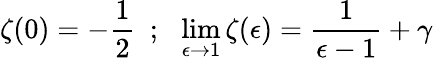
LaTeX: \zeta(0)=-\frac{1}{2}~~;~~\operatorname*{lim}_{\epsilon\rightarrow 1}\zeta(\epsilon)=\frac{1}{\epsilon-1}+\gamma